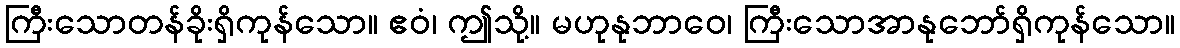
ကြီးသောတန်ခိုးရှိကုန်သော။ ဧဝံ၊ ဤသို့။ မဟုနုဘာဝေ၊ ကြီးသောအာနုဘော်ရှိကုန်သော။